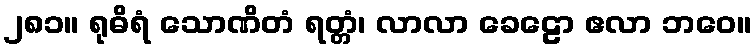
၂၈၁။ ရုဓိရံ သောဏိတံ ရတ္တံ၊ လာလာ ခေဠော ဧလာ ဘဝေ။